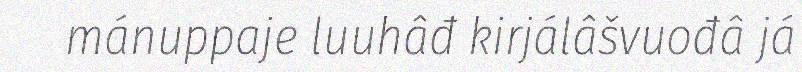
mánuppaje luuhâđ kirjálâšvuođâ já